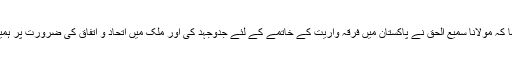
انہوں نے کہا کہ مولانا سمیع الحق نے پاکستان میں فرقہ واریت کے خاتمے کے لئے جدوجہد کی اور ملک میں اتحاد و اتفاق کی ضرورت پر ہمیشہ زور دیا۔